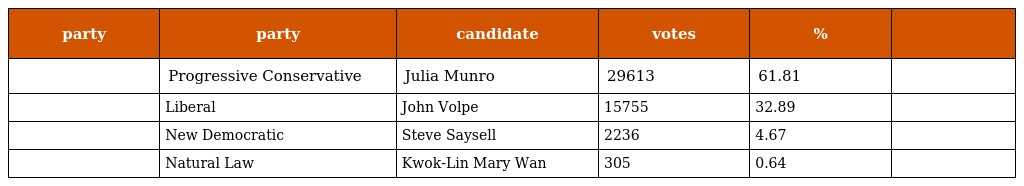
| party | party | candidate | votes | % |  |
 | --- | --- | --- | --- | --- | --- |
 |  | Progressive Conservative | Julia Munro | 29613 | 61.81 |  |
 |  | Liberal | John Volpe | 15755 | 32.89 |  |
 |  | New Democratic | Steve Saysell | 2236 | 4.67 |  |
 |  | Natural Law | Kwok-Lin Mary Wan | 305 | 0.64 |  |